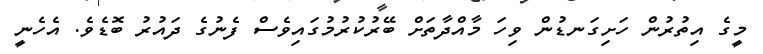
މީގެ އިތުރުން ހަށިގަނޑުން ވިހަ މާއްދާތަށް ބޭރުކުރުމުގައިވެސް ފެނުގެ ދައުރު ބޮޑެވެ. އެހެނީ